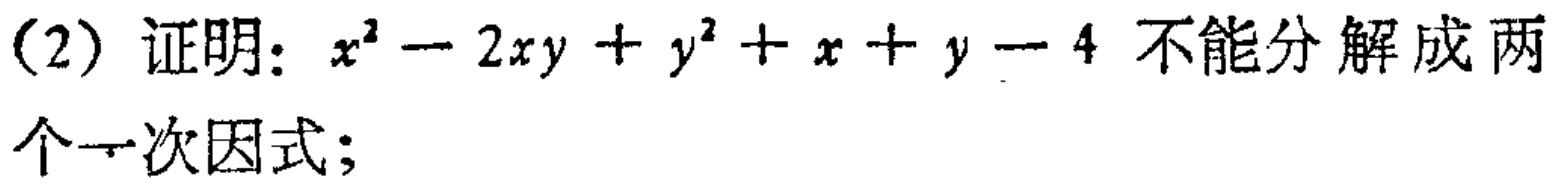
(2) 证明：\(x^{2}-2xy + y^{2}+x + y - 4\)不能分解成两个一次因式；